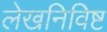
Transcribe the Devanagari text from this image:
लेखनिविष्ट